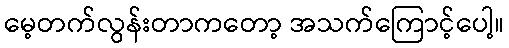
မေ့တက်လွန်းတာကတော့ အသက်ကြောင့်ပေါ့။